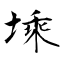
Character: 塖